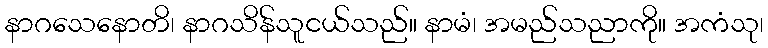
နာဂသေနောတိ၊ နာဂသိန်သူငယ်သည်။ နာမံ၊ အမည်သညာကို။ အကံသု၊